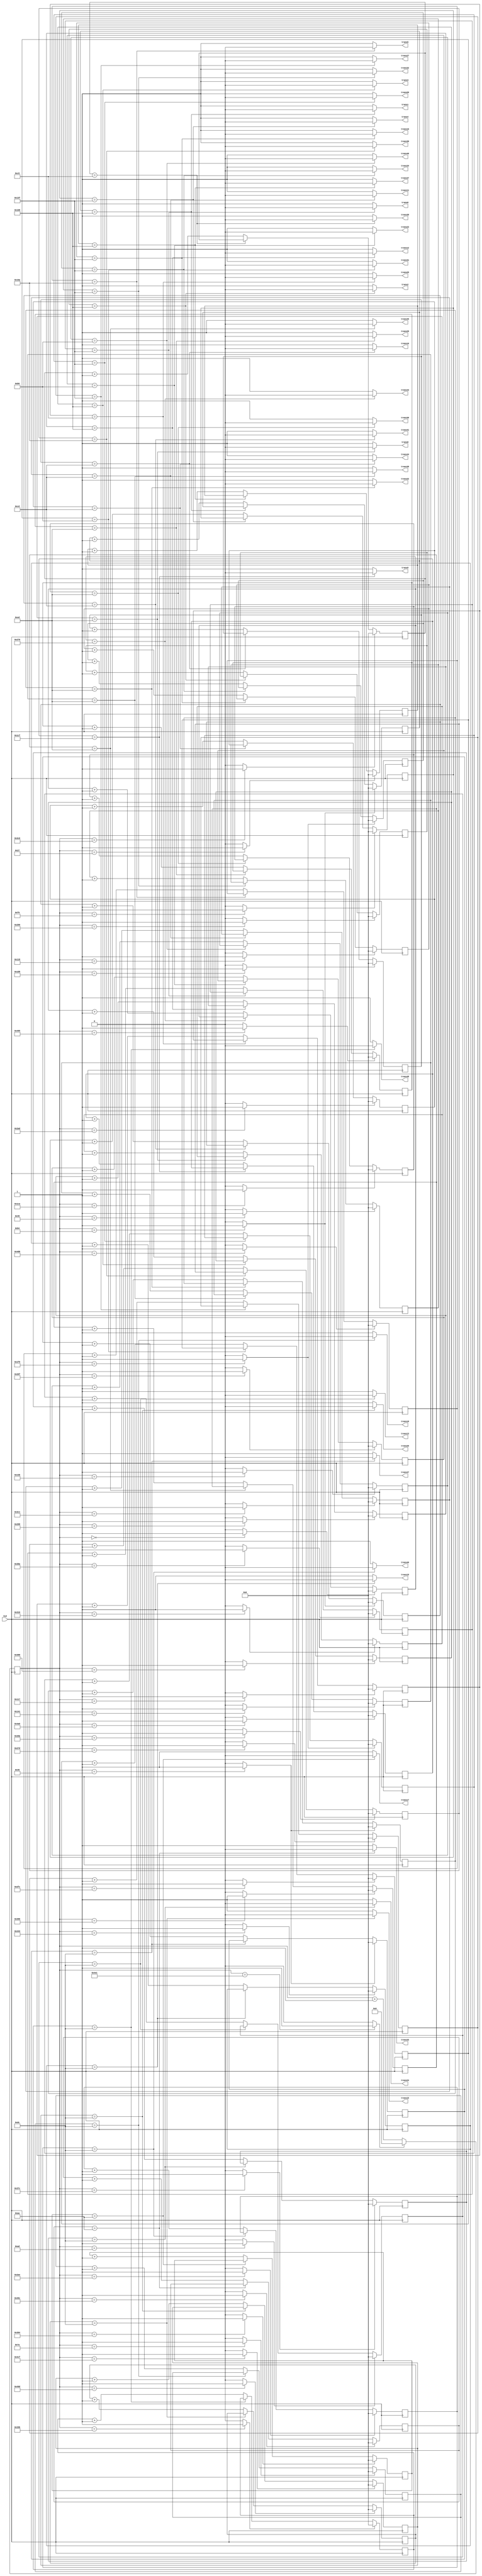
`timescale 1ns / 1ps
//////////////////////////////////////////////////////////////////////////////////
// Company: 
// Engineer: 
// 
// Design Name: 
// Module Name:    twin_6_7_power_ad_5cm 
// Project Name: 
// Target Devices: 
// Tool versions: 
// Description: 
//
// Dependencies: 
//
// Revision: 
// Revision 0.01 - File Created
// Additional Comments: 
//
//////////////////////////////////////////////////////////////////////////////////
module twin_6_7_power_ad_5cm(
	 input CLK,
    output trans1,
    output trans2,
	 output trans3,
	 output trans4,
	 output trans5,
	 output trans6,

	 output trans8,
	 output trans9,
	 output trans10,
	 output trans11,
	 output trans12,
	 output trans13,

	 output trans15,
	 output trans16,
	 output trans17,
	 output trans18,
	 output trans19,
	 output trans20,

	 output trans22,
	 output trans23,
	 output trans24,
	 output trans25,
	 output trans26,
	 output trans27,

	 output trans29,
	 output trans30,
	 output trans31,
	 output trans32,
	 output trans33,
	 output trans34,

	 output trans36,
	 output trans37,
	 output trans38,
	 output trans39,
	 output trans40,
	 output trans41,

	 output trans43,
	 output trans44,
	 output trans45,
	 output trans46,
	 output trans47,
	 output trans48

    );

	//define signals
	reg [10:0] pwm_base_reg = 11'h000;
	reg [9:0] pwm1_duty_reg = 10'h000;
	reg [9:0] pwm2_duty_reg = 10'h000;
	reg [9:0] pwm3_duty_reg = 10'h000;
	reg [9:0] pwm4_duty_reg = 10'h000;
	reg [9:0] pwm5_duty_reg = 10'h000;
	reg [9:0] pwm6_duty_reg = 10'h000;

	reg [9:0] pwm8_duty_reg = 10'h000;
	reg [9:0] pwm9_duty_reg = 10'h000;
	reg [9:0] pwm10_duty_reg = 10'h000;
	reg [9:0] pwm11_duty_reg = 10'h000;	
	reg [9:0] pwm12_duty_reg = 10'h000;	
	reg [9:0] pwm13_duty_reg = 10'h000;

	reg [9:0] pwm15_duty_reg = 10'h000;
	reg [9:0] pwm16_duty_reg = 10'h000;
	reg [9:0] pwm17_duty_reg = 10'h000;
   reg [9:0] pwm18_duty_reg = 10'h000;
   reg [9:0] pwm19_duty_reg = 10'h000;
   reg [9:0] pwm20_duty_reg = 10'h000;

   reg [9:0] pwm22_duty_reg = 10'h000;
   reg [9:0] pwm23_duty_reg = 10'h000;
   reg [9:0] pwm24_duty_reg = 10'h000;
   reg [9:0] pwm25_duty_reg = 10'h000;
   reg [9:0] pwm26_duty_reg = 10'h000;
   reg [9:0] pwm27_duty_reg = 10'h000;

   reg [9:0] pwm29_duty_reg = 10'h000;
   reg [9:0] pwm30_duty_reg = 10'h000;
   reg [9:0] pwm31_duty_reg = 10'h000;
   reg [9:0] pwm32_duty_reg = 10'h000;
   reg [9:0] pwm33_duty_reg = 10'h000;
   reg [9:0] pwm34_duty_reg = 10'h000;

   reg [9:0] pwm36_duty_reg = 10'h000;
   reg [9:0] pwm37_duty_reg = 10'h000;
   reg [9:0] pwm38_duty_reg = 10'h000;
   reg [9:0] pwm39_duty_reg = 10'h000;
   reg [9:0] pwm40_duty_reg = 10'h000;
   reg [9:0] pwm41_duty_reg = 10'h000;

   reg [9:0] pwm43_duty_reg = 10'h000;
   reg [9:0] pwm44_duty_reg = 10'h000;
   reg [9:0] pwm45_duty_reg = 10'h000;
   reg [9:0] pwm46_duty_reg = 10'h000;
   reg [9:0] pwm47_duty_reg = 10'h000;
   reg [9:0] pwm48_duty_reg = 10'h000;

	
	reg [6:0] base_cycle_counter_reg = 7'h00;
	reg [15:0] count_base_reg = 16'h0000;
	
	wire pwm1;
	wire pwm2;
	wire pwm3;
	wire pwm4;
	wire pwm5;
	wire pwm6;

	wire pwm8;
	wire pwm9;
	wire pwm10;
	wire pwm11;
	wire pwm12;
	wire pwm13;

	wire pwm15;
	wire pwm16;
	wire pwm17;
   wire pwm18;
   wire pwm19;
   wire pwm20;

   wire pwm22;
   wire pwm23;
   wire pwm24;
   wire pwm25;
   wire pwm26;
   wire pwm27;

   wire pwm29;
   wire pwm30;
   wire pwm31;
   wire pwm32;
   wire pwm33;
   wire pwm34;

   wire pwm36;
   wire pwm37;
   wire pwm38;
   wire pwm39;
   wire pwm40;
   wire pwm41;

   wire pwm43;
   wire pwm44;
   wire pwm45;
   wire pwm46;
   wire pwm47;
   wire pwm48;

	
	wire pwm1_out;
	wire pwm2_out;
	wire pwm3_out;
	wire pwm4_out;
	wire pwm5_out;
	wire pwm6_out;

	wire pwm8_out;
	wire pwm9_out;
	wire pwm10_out;
	wire pwm11_out;
	wire pwm12_out;
	wire pwm13_out;

	wire pwm15_out;
	wire pwm16_out;
	wire pwm17_out;
	wire pwm18_out;
   wire pwm19_out;
   wire pwm20_out;

   wire pwm22_out;
   wire pwm23_out;
   wire pwm24_out;
   wire pwm25_out;
   wire pwm26_out;
   wire pwm27_out;

   wire pwm29_out;
   wire pwm30_out;
   wire pwm31_out;
   wire pwm32_out;
   wire pwm33_out;
   wire pwm34_out;

   wire pwm36_out;
   wire pwm37_out;
   wire pwm38_out;
   wire pwm39_out;
   wire pwm40_out;
   wire pwm41_out;

   wire pwm43_out;
   wire pwm44_out;
   wire pwm45_out;
   wire pwm46_out;
   wire pwm47_out;
   wire pwm48_out;

	wire pwmbp;
	

	//PWM Base Cycle Generate
	/* Calculation
		base count = 50[MHz] / 40 [kHz] = 1250
		0 ~ 1249 -> 1250 count
	*/
	always @(posedge CLK) begin  //CB16RE
		if (pwmbp == 1'b1) begin  //R:pwmbp
			pwm_base_reg <= 11'h000;  //h:hexadecimal, assign 0 to all bits
		end
		else begin
			pwm_base_reg <= pwm_base_reg + 1'b1;  //increment
		end
	end
	
	assign pwmbp = (pwm_base_reg[10:0] == 11'd1249) ? 1'b1 : 1'b0;  //COMP16
	
	//phase
   assign pwm1  = (pwm_base_reg[10:0] == 11'd180) ? 1'b1 : 1'b0;  //COMP16
   assign pwm2  = (pwm_base_reg[10:0] == 11'd656) ? 1'b1 : 1'b0;  //COMP16
   assign pwm3  = (pwm_base_reg[10:0] == 11'd904) ? 1'b1 : 1'b0;  //COMP16
   assign pwm4  = (pwm_base_reg[10:0] == 11'd249) ? 1'b1 : 1'b0;  //COMP16
   assign pwm5  = (pwm_base_reg[10:0] == 11'd1232) ? 1'b1 : 1'b0;  //COMP16
   assign pwm6  = (pwm_base_reg[10:0] == 11'd778) ? 1'b1 : 1'b0;  //COMP16
   assign pwm8  = (pwm_base_reg[10:0] == 11'd793) ? 1'b1 : 1'b0;  //COMP16
   assign pwm9  = (pwm_base_reg[10:0] == 11'd1190) ? 1'b1 : 1'b0;  //COMP16
   assign pwm10 = (pwm_base_reg[10:0] == 11'd280) ? 1'b1 : 1'b0;  //COMP16
   assign pwm11 = (pwm_base_reg[10:0] == 11'd961) ? 1'b1 : 1'b0;  //COMP16
   assign pwm12 = (pwm_base_reg[10:0] == 11'd664) ? 1'b1 : 1'b0;  //COMP16
   assign pwm13 = (pwm_base_reg[10:0] == 11'd173) ? 1'b1 : 1'b0;  //COMP16
   assign pwm15 = (pwm_base_reg[10:0] == 11'd1181) ? 1'b1 : 1'b0;  //COMP16
   assign pwm16 = (pwm_base_reg[10:0] == 11'd473) ? 1'b1 : 1'b0;  //COMP16
   assign pwm17 = (pwm_base_reg[10:0] == 11'd772) ? 1'b1 : 1'b0;  //COMP16
   assign pwm18 = (pwm_base_reg[10:0] == 11'd122) ? 1'b1 : 1'b0;  //COMP16
   assign pwm19 = (pwm_base_reg[10:0] == 11'd1091) ? 1'b1 : 1'b0;  //COMP16
   assign pwm20 = (pwm_base_reg[10:0] == 11'd505) ? 1'b1 : 1'b0;  //COMP16
   assign pwm22 = (pwm_base_reg[10:0] == 11'd53) ? 1'b1 : 1'b0;  //COMP16
   assign pwm23 = (pwm_base_reg[10:0] == 11'd623) ? 1'b1 : 1'b0;  //COMP16
   assign pwm24 = (pwm_base_reg[10:0] == 11'd892) ? 1'b1 : 1'b0;  //COMP16
   assign pwm25 = (pwm_base_reg[10:0] == 11'd279) ? 1'b1 : 1'b0;  //COMP16
   assign pwm26 = (pwm_base_reg[10:0] == 11'd1231) ? 1'b1 : 1'b0;  //COMP16
   assign pwm27 = (pwm_base_reg[10:0] == 11'd637) ? 1'b1 : 1'b0;  //COMP16
   assign pwm29 = (pwm_base_reg[10:0] == 11'd1173) ? 1'b1 : 1'b0;  //COMP16
   assign pwm30 = (pwm_base_reg[10:0] == 11'd458) ? 1'b1 : 1'b0;  //COMP16
   assign pwm31 = (pwm_base_reg[10:0] == 11'd764) ? 1'b1 : 1'b0;  //COMP16
   assign pwm32 = (pwm_base_reg[10:0] == 11'd73) ? 1'b1 : 1'b0;  //COMP16
   assign pwm33 = (pwm_base_reg[10:0] == 11'd1116) ? 1'b1 : 1'b0;  //COMP16
   assign pwm34 = (pwm_base_reg[10:0] == 11'd505) ? 1'b1 : 1'b0;  //COMP16
   assign pwm36 = (pwm_base_reg[10:0] == 11'd730) ? 1'b1 : 1'b0;  //COMP16
   assign pwm37 = (pwm_base_reg[10:0] == 11'd39) ? 1'b1 : 1'b0;  //COMP16
   assign pwm38 = (pwm_base_reg[10:0] == 11'd321) ? 1'b1 : 1'b0;  //COMP16
   assign pwm39 = (pwm_base_reg[10:0] == 11'd966) ? 1'b1 : 1'b0;  //COMP16
   assign pwm40 = (pwm_base_reg[10:0] == 11'd686) ? 1'b1 : 1'b0;  //COMP16
   assign pwm41 = (pwm_base_reg[10:0] == 11'd180) ? 1'b1 : 1'b0;  //COMP16
   assign pwm43 = (pwm_base_reg[10:0] == 11'd0) ? 1'b1 : 1'b0;  //COMP16
   assign pwm44 = (pwm_base_reg[10:0] == 11'd685) ? 1'b1 : 1'b0;  //COMP16
   assign pwm45 = (pwm_base_reg[10:0] == 11'd918) ? 1'b1 : 1'b0;  //COMP16
   assign pwm46 = (pwm_base_reg[10:0] == 11'd315) ? 1'b1 : 1'b0;  //COMP16
   assign pwm47 = (pwm_base_reg[10:0] == 11'd53) ? 1'b1 : 1'b0;  //COMP16
   assign pwm48 = (pwm_base_reg[10:0] == 11'd827) ? 1'b1 : 1'b0;  //COMP16
   



	
	//PWM Duty Ratio Generate
    always @(posedge CLK) begin  //CB16RE
        if (pwm1 == 1'b1) begin  //R:pwm1
            pwm1_duty_reg <= 11'h000;
        end
        else if (pwm1_out == 1'b1) begin  //CE:pwm1_out
            pwm1_duty_reg <= pwm1_duty_reg + 1'b1;
        end
    end
    
    always @(posedge CLK) begin  //CB16RE
        if (pwm2 == 1'b1) begin  //R:pwm2
            pwm2_duty_reg <= 11'h000;
        end
        else if (pwm2_out == 1'b1) begin  //CE:pwm2_out
            pwm2_duty_reg <= pwm2_duty_reg + 1'b1;
        end
    end
    
    always @(posedge CLK) begin  //CB16RE
        if (pwm3 == 1'b1) begin  //R:pwm3
            pwm3_duty_reg <= 11'h000;
        end
        else if (pwm3_out == 1'b1) begin  //CE:pwm3_out
            pwm3_duty_reg <= pwm3_duty_reg + 1'b1;
        end
    end
    
    always @(posedge CLK) begin  //CB16RE
        if (pwm4 == 1'b1) begin  //R:pwm4
            pwm4_duty_reg <= 11'h000;
        end
        else if (pwm4_out == 1'b1) begin  //CE:pwm4_out
            pwm4_duty_reg <= pwm4_duty_reg + 1'b1;
        end
    end
    
    always @(posedge CLK) begin  //CB16RE
        if (pwm5 == 1'b1) begin  //R:pwm5
            pwm5_duty_reg <= 11'h000;
        end
        else if (pwm5_out == 1'b1) begin  //CE:pwm5_out
            pwm5_duty_reg <= pwm5_duty_reg + 1'b1;
        end
    end
    
    always @(posedge CLK) begin  //CB16RE
        if (pwm6 == 1'b1) begin  //R:pwm6
            pwm6_duty_reg <= 11'h000;
        end
        else if (pwm6_out == 1'b1) begin  //CE:pwm6_out
            pwm6_duty_reg <= pwm6_duty_reg + 1'b1;
        end
    end
    

    
    always @(posedge CLK) begin  //CB16RE
        if (pwm8 == 1'b1) begin  //R:pwm8
            pwm8_duty_reg <= 11'h000;
        end
        else if (pwm8_out == 1'b1) begin  //CE:pwm8_out
            pwm8_duty_reg <= pwm8_duty_reg + 1'b1;
        end
    end
    
    always @(posedge CLK) begin  //CB16RE
        if (pwm9 == 1'b1) begin  //R:pwm9
            pwm9_duty_reg <= 11'h000;
        end
        else if (pwm9_out == 1'b1) begin  //CE:pwm9_out
            pwm9_duty_reg <= pwm9_duty_reg + 1'b1;
        end
    end
    
    always @(posedge CLK) begin  //CB16RE
        if (pwm10 == 1'b1) begin  //R:pwm10
            pwm10_duty_reg <= 11'h000;
        end
        else if (pwm10_out == 1'b1) begin  //CE:pwm10_out
            pwm10_duty_reg <= pwm10_duty_reg + 1'b1;
        end
    end
    
    always @(posedge CLK) begin  //CB16RE
        if (pwm11 == 1'b1) begin  //R:pwm11
            pwm11_duty_reg <= 11'h000;
        end
        else if (pwm11_out == 1'b1) begin  //CE:pwm11_out
            pwm11_duty_reg <= pwm11_duty_reg + 1'b1;
        end
    end

   always @(posedge CLK) begin  //CB16RE
        if (pwm12 == 1'b1) begin  //R:pwm12
            pwm12_duty_reg <= 11'h000;
        end
        else if (pwm12_out == 1'b1) begin  //CE:pwm12_out
            pwm12_duty_reg <= pwm12_duty_reg + 1'b1;
        end
    end

   always @(posedge CLK) begin  //CB16RE
        if (pwm13 == 1'b1) begin  //R:pwm13
            pwm13_duty_reg <= 11'h000;
        end
        else if (pwm13_out == 1'b1) begin  //CE:pwm13_out
            pwm13_duty_reg <= pwm13_duty_reg + 1'b1;
        end
    end


	 
    always @(posedge CLK) begin  //CB16RE
        if (pwm15 == 1'b1) begin  //R:pwm15
            pwm15_duty_reg <= 11'h000;
        end
        else if (pwm15_out == 1'b1) begin  //CE:pwm15_out
            pwm15_duty_reg <= pwm15_duty_reg + 1'b1;
        end
    end
	 
    always @(posedge CLK) begin  //CB16RE
        if (pwm16 == 1'b1) begin  //R:pwm16
            pwm16_duty_reg <= 11'h000;
        end
        else if (pwm16_out == 1'b1) begin  //CE:pwm16_out
            pwm16_duty_reg <= pwm16_duty_reg + 1'b1;
        end
    end
	 
    always @(posedge CLK) begin  //CB16RE
        if (pwm17 == 1'b1) begin  //R:pwm17
            pwm17_duty_reg <= 11'h000;
        end
        else if (pwm17_out == 1'b1) begin  //CE:pwm17_out
            pwm17_duty_reg <= pwm17_duty_reg + 1'b1;
        end
    end

    always @(posedge CLK) begin  //CB16RE
        if (pwm18 == 1'b1) begin  //R:pwm18
            pwm18_duty_reg <= 11'h000;
        end
        else if (pwm18_out == 1'b1) begin  //CE:pwm18_out
            pwm18_duty_reg <= pwm18_duty_reg + 1'b1;
        end
    end

	 always @(posedge CLK) begin  //CB16RE
        if (pwm19 == 1'b1) begin  //R:pwm19
            pwm19_duty_reg <= 11'h000;
        end
        else if (pwm19_out == 1'b1) begin  //CE:pwm19_out
            pwm19_duty_reg <= pwm19_duty_reg + 1'b1;
        end
    end

	 always @(posedge CLK) begin  //CB16RE
        if (pwm20 == 1'b1) begin  //R:pwm20
            pwm20_duty_reg <= 11'h000;
        end
        else if (pwm20_out == 1'b1) begin  //CE:pwm20_out
            pwm20_duty_reg <= pwm20_duty_reg + 1'b1;
        end
    end



	 always @(posedge CLK) begin  //CB16RE
        if (pwm22 == 1'b1) begin  //R:pwm22
            pwm22_duty_reg <= 11'h000;
        end
        else if (pwm22_out == 1'b1) begin  //CE:pwm22_out
            pwm22_duty_reg <= pwm22_duty_reg + 1'b1;
        end
    end

	 always @(posedge CLK) begin  //CB16RE
        if (pwm23 == 1'b1) begin  //R:pwm23
            pwm23_duty_reg <= 11'h000;
        end
        else if (pwm23_out == 1'b1) begin  //CE:pwm23_out
            pwm23_duty_reg <= pwm23_duty_reg + 1'b1;
        end
    end
	 
    always @(posedge CLK) begin  //CB16RE
        if (pwm24 == 1'b1) begin  //R:pwm24
            pwm24_duty_reg <= 11'h000;
        end
        else if (pwm24_out == 1'b1) begin  //CE:pwm24_out
            pwm24_duty_reg <= pwm24_duty_reg + 1'b1;
        end
    end
	 
    always @(posedge CLK) begin  //CB16RE
        if (pwm25 == 1'b1) begin  //R:pwm25
            pwm25_duty_reg <= 11'h000;
        end
        else if (pwm25_out == 1'b1) begin  //CE:pwm25_out
            pwm25_duty_reg <= pwm25_duty_reg + 1'b1;
        end
    end
	 
    always @(posedge CLK) begin  //CB16RE
        if (pwm26 == 1'b1) begin  //R:pwm26
            pwm26_duty_reg <= 11'h000;
        end
        else if (pwm26_out == 1'b1) begin  //CE:pwm26_out
            pwm26_duty_reg <= pwm26_duty_reg + 1'b1;
        end
    end
	 
    always @(posedge CLK) begin  //CB16RE
        if (pwm27 == 1'b1) begin  //R:pwm27
            pwm27_duty_reg <= 11'h000;
        end
        else if (pwm27_out == 1'b1) begin  //CE:pwm27_out
            pwm27_duty_reg <= pwm27_duty_reg + 1'b1;
        end
    end
	 

	 
    always @(posedge CLK) begin  //CB16RE
        if (pwm29 == 1'b1) begin  //R:pwm29
            pwm29_duty_reg <= 11'h000;
        end
        else if (pwm29_out == 1'b1) begin  //CE:pwm29_out
            pwm29_duty_reg <= pwm29_duty_reg + 1'b1;
        end
    end
	 
    always @(posedge CLK) begin  //CB16RE
        if (pwm30 == 1'b1) begin  //R:pwm30
            pwm30_duty_reg <= 11'h000;
        end
        else if (pwm30_out == 1'b1) begin  //CE:pwm30_out
            pwm30_duty_reg <= pwm30_duty_reg + 1'b1;
        end
    end
	 
    always @(posedge CLK) begin  //CB16RE
        if (pwm31 == 1'b1) begin  //R:pwm31
            pwm31_duty_reg <= 11'h000;
        end
        else if (pwm31_out == 1'b1) begin  //CE:pwm31_out
            pwm31_duty_reg <= pwm31_duty_reg + 1'b1;
        end
    end
	 
    always @(posedge CLK) begin  //CB16RE
        if (pwm32 == 1'b1) begin  //R:pwm32
            pwm32_duty_reg <= 11'h000;
        end
        else if (pwm32_out == 1'b1) begin  //CE:pwm32_out
            pwm32_duty_reg <= pwm32_duty_reg + 1'b1;
        end
    end
	 
    always @(posedge CLK) begin  //CB16RE
        if (pwm33 == 1'b1) begin  //R:pwm33
            pwm33_duty_reg <= 11'h000;
        end
        else if (pwm33_out == 1'b1) begin  //CE:pwm33_out
            pwm33_duty_reg <= pwm33_duty_reg + 1'b1;
        end
    end
	 
    always @(posedge CLK) begin  //CB16RE
        if (pwm34 == 1'b1) begin  //R:pwm34
            pwm34_duty_reg <= 11'h000;
        end
        else if (pwm34_out == 1'b1) begin  //CE:pwm34_out
            pwm34_duty_reg <= pwm34_duty_reg + 1'b1;
        end
    end
	 

	 
    always @(posedge CLK) begin  //CB16RE
        if (pwm36 == 1'b1) begin  //R:pwm36
            pwm36_duty_reg <= 11'h000;
        end
        else if (pwm36_out == 1'b1) begin  //CE:pwm36_out
            pwm36_duty_reg <= pwm36_duty_reg + 1'b1;
        end
    end
	 
    always @(posedge CLK) begin  //CB16RE
        if (pwm37 == 1'b1) begin  //R:pwm37
            pwm37_duty_reg <= 11'h000;
        end
        else if (pwm37_out == 1'b1) begin  //CE:pwm37_out
            pwm37_duty_reg <= pwm37_duty_reg + 1'b1;
        end
    end
	 
    always @(posedge CLK) begin  //CB16RE
        if (pwm38 == 1'b1) begin  //R:pwm38
            pwm38_duty_reg <= 11'h000;
        end
        else if (pwm38_out == 1'b1) begin  //CE:pwm38_out
            pwm38_duty_reg <= pwm38_duty_reg + 1'b1;
        end
    end
	 
    always @(posedge CLK) begin  //CB16RE
        if (pwm39 == 1'b1) begin  //R:pwm39
            pwm39_duty_reg <= 11'h000;
        end
        else if (pwm39_out == 1'b1) begin  //CE:pwm39_out
            pwm39_duty_reg <= pwm39_duty_reg + 1'b1;
        end
    end
	 
    always @(posedge CLK) begin  //CB16RE
        if (pwm40 == 1'b1) begin  //R:pwm40
            pwm40_duty_reg <= 11'h000;
        end
        else if (pwm40_out == 1'b1) begin  //CE:pwm40_out
            pwm40_duty_reg <= pwm40_duty_reg + 1'b1;
        end
    end
	 
    always @(posedge CLK) begin  //CB16RE
        if (pwm41 == 1'b1) begin  //R:pwm41
            pwm41_duty_reg <= 11'h000;
        end
        else if (pwm41_out == 1'b1) begin  //CE:pwm41_out
            pwm41_duty_reg <= pwm41_duty_reg + 1'b1;
        end
    end
	 

	 
    always @(posedge CLK) begin  //CB16RE
        if (pwm43 == 1'b1) begin  //R:pwm43
            pwm43_duty_reg <= 11'h000;
        end
        else if (pwm43_out == 1'b1) begin  //CE:pwm43_out
            pwm43_duty_reg <= pwm43_duty_reg + 1'b1;
        end
    end
	 
    always @(posedge CLK) begin  //CB16RE
        if (pwm44 == 1'b1) begin  //R:pwm44
            pwm44_duty_reg <= 11'h000;
        end
        else if (pwm44_out == 1'b1) begin  //CE:pwm44_out
            pwm44_duty_reg <= pwm44_duty_reg + 1'b1;
        end
    end
	 
    always @(posedge CLK) begin  //CB16RE
        if (pwm45 == 1'b1) begin  //R:pwm45
            pwm45_duty_reg <= 11'h000;
        end
        else if (pwm45_out == 1'b1) begin  //CE:pwm45_out
            pwm45_duty_reg <= pwm45_duty_reg + 1'b1;
        end
    end
	 
    always @(posedge CLK) begin  //CB16RE
        if (pwm46 == 1'b1) begin  //R:pwm46
            pwm46_duty_reg <= 11'h000;
        end
        else if (pwm46_out == 1'b1) begin  //CE:pwm46_out
            pwm46_duty_reg <= pwm46_duty_reg + 1'b1;
        end
    end
	 
    always @(posedge CLK) begin  //CB16RE
        if (pwm47 == 1'b1) begin  //R:pwm47
            pwm47_duty_reg <= 11'h000;
        end
        else if (pwm47_out == 1'b1) begin  //CE:pwm47_out
            pwm47_duty_reg <= pwm47_duty_reg + 1'b1;
        end
    end
	 
    always @(posedge CLK) begin  //CB16RE
        if (pwm48 == 1'b1) begin  //R:pwm48
            pwm48_duty_reg <= 11'h000;
        end
        else if (pwm48_out == 1'b1) begin  //CE:pwm48_out
            pwm48_duty_reg <= pwm48_duty_reg + 1'b1;
        end
    end
       

	//duty ratio  ex 50% -> 1250 / 2 = 625
	assign pwm1_out = (pwm1_duty_reg[9:0] == 10'd264) ? 1'b0 : 1'b1;  //COMP16
	assign pwm2_out = (pwm2_duty_reg[9:0] == 10'd264) ? 1'b0 : 1'b1;  //COMP16
	assign pwm3_out = (pwm3_duty_reg[9:0] == 10'd264) ? 1'b0 : 1'b1;  //COMP16
	assign pwm4_out = (pwm4_duty_reg[9:0] == 10'd319) ? 1'b0 : 1'b1;  //COMP16
	assign pwm5_out = (pwm5_duty_reg[9:0] == 10'd362) ? 1'b0 : 1'b1;  //COMP16
	assign pwm6_out = (pwm6_duty_reg[9:0] == 10'd319) ? 1'b0 : 1'b1;  //COMP16

	assign pwm8_out = (pwm8_duty_reg[9:0] == 10'd237) ? 1'b0 : 1'b1;  //COMP16
	assign pwm9_out = (pwm9_duty_reg[9:0] == 10'd463) ? 1'b0 : 1'b1;  //COMP16
	assign pwm10_out = (pwm10_duty_reg[9:0] == 10'd319) ? 1'b0 : 1'b1;  //COMP16
   assign pwm11_out = (pwm11_duty_reg[9:0] == 10'd205) ? 1'b0 : 1'b1;  //COMP16 
   assign pwm12_out = (pwm12_duty_reg[9:0] == 10'd264) ? 1'b0 : 1'b1;  //COMP16 
   assign pwm13_out = (pwm13_duty_reg[9:0] == 10'd220) ? 1'b0 : 1'b1;  //COMP16 

   assign pwm15_out = (pwm15_duty_reg[9:0] == 10'd220) ? 1'b0 : 1'b1;  //COMP16 
   assign pwm16_out = (pwm16_duty_reg[9:0] == 10'd205) ? 1'b0 : 1'b1;  //COMP16
   assign pwm17_out = (pwm17_duty_reg[9:0] == 10'd170) ? 1'b0 : 1'b1;  //COMP16
   assign pwm18_out = (pwm18_duty_reg[9:0] == 10'd220) ? 1'b0 : 1'b1;  //COMP16
   assign pwm19_out = (pwm19_duty_reg[9:0] == 10'd220) ? 1'b0 : 1'b1;  //COMP16
   assign pwm20_out = (pwm20_duty_reg[9:0] == 10'd319) ? 1'b0 : 1'b1;  //COMP16

   assign pwm22_out = (pwm22_duty_reg[9:0] == 10'd237) ? 1'b0 : 1'b1;  //COMP16
   assign pwm23_out = (pwm23_duty_reg[9:0] == 10'd185) ? 1'b0 : 1'b1;  //COMP16
   assign pwm24_out = (pwm24_duty_reg[9:0] == 10'd220) ? 1'b0 : 1'b1;  //COMP16
   assign pwm25_out = (pwm25_duty_reg[9:0] == 10'd197) ? 1'b0 : 1'b1;  //COMP16
   assign pwm26_out = (pwm26_duty_reg[9:0] == 10'd220) ? 1'b0 : 1'b1;  //COMP16
   assign pwm27_out = (pwm27_duty_reg[9:0] == 10'd319) ? 1'b0 : 1'b1;  //COMP16

   assign pwm29_out = (pwm29_duty_reg[9:0] == 10'd237) ? 1'b0 : 1'b1;  //COMP16
   assign pwm30_out = (pwm30_duty_reg[9:0] == 10'd237) ? 1'b0 : 1'b1;  //COMP16
   assign pwm31_out = (pwm31_duty_reg[9:0] == 10'd185) ? 1'b0 : 1'b1;  //COMP16
   assign pwm32_out = (pwm32_duty_reg[9:0] == 10'd319) ? 1'b0 : 1'b1;  //COMP16
   assign pwm33_out = (pwm33_duty_reg[9:0] == 10'd170) ? 1'b0 : 1'b1;  //COMP16
   assign pwm34_out = (pwm34_duty_reg[9:0] == 10'd319) ? 1'b0 : 1'b1;  //COMP16

   assign pwm36_out = (pwm36_duty_reg[9:0] == 10'd362) ? 1'b0 : 1'b1;  //COMP16
   assign pwm37_out = (pwm37_duty_reg[9:0] == 10'd264) ? 1'b0 : 1'b1;  //COMP16
   assign pwm38_out = (pwm38_duty_reg[9:0] == 10'd237) ? 1'b0 : 1'b1;  //COMP16
   assign pwm39_out = (pwm39_duty_reg[9:0] == 10'd197) ? 1'b0 : 1'b1;  //COMP16
   assign pwm40_out = (pwm40_duty_reg[9:0] == 10'd220) ? 1'b0 : 1'b1;  //COMP16
   assign pwm41_out = (pwm41_duty_reg[9:0] == 10'd205) ? 1'b0 : 1'b1;  //COMP16

   assign pwm43_out = (pwm43_duty_reg[9:0] == 10'd624) ? 1'b0 : 1'b1;  //COMP16
   assign pwm44_out = (pwm44_duty_reg[9:0] == 10'd205) ? 1'b0 : 1'b1;  //COMP16
   assign pwm45_out = (pwm45_duty_reg[9:0] == 10'd237) ? 1'b0 : 1'b1;  //COMP16
   assign pwm46_out = (pwm46_duty_reg[9:0] == 10'd185) ? 1'b0 : 1'b1;  //COMP16
   assign pwm47_out = (pwm47_duty_reg[9:0] == 10'd220) ? 1'b0 : 1'b1;  //COMP16
   assign pwm48_out = (pwm48_duty_reg[9:0] == 10'd220) ? 1'b0 : 1'b1;  //COMP16
	
	//To transducers
   assign trans1 = pwm1_out;
   assign trans2 = pwm2_out;
   assign trans3 = pwm3_out;
   assign trans4 = pwm4_out;
   assign trans5 = pwm5_out;
   assign trans6 = pwm6_out;

   assign trans8 = pwm8_out;
   assign trans9 = pwm9_out;
   assign trans10 = pwm10_out;
   assign trans11 = pwm11_out;
   assign trans12 = pwm12_out;
   assign trans13 = pwm13_out;

   assign trans15 = pwm15_out;
   assign trans16 = pwm16_out;
   assign trans17 = pwm17_out;
   assign trans18 = pwm18_out;
   assign trans19 = pwm19_out;
   assign trans20 = pwm20_out;

   assign trans22 = pwm22_out;
   assign trans23 = pwm23_out;
   assign trans24 = pwm24_out;
   assign trans25 = pwm25_out;
   assign trans26 = pwm26_out;
   assign trans27 = pwm27_out;

   assign trans29 = pwm29_out;
   assign trans30 = pwm30_out;
   assign trans31 = pwm31_out;
   assign trans32 = pwm32_out;
   assign trans33 = pwm33_out;
   assign trans34 = pwm34_out;

   assign trans36 = pwm36_out;
   assign trans37 = pwm37_out;
   assign trans38 = pwm38_out;
   assign trans39 = pwm39_out;
   assign trans40 = pwm40_out;
   assign trans41 = pwm41_out;

   assign trans43 = pwm43_out;
   assign trans44 = pwm44_out;
   assign trans45 = pwm45_out;
   assign trans46 = pwm46_out;
   assign trans47 = pwm47_out;
   assign trans48 = pwm48_out;

endmodule